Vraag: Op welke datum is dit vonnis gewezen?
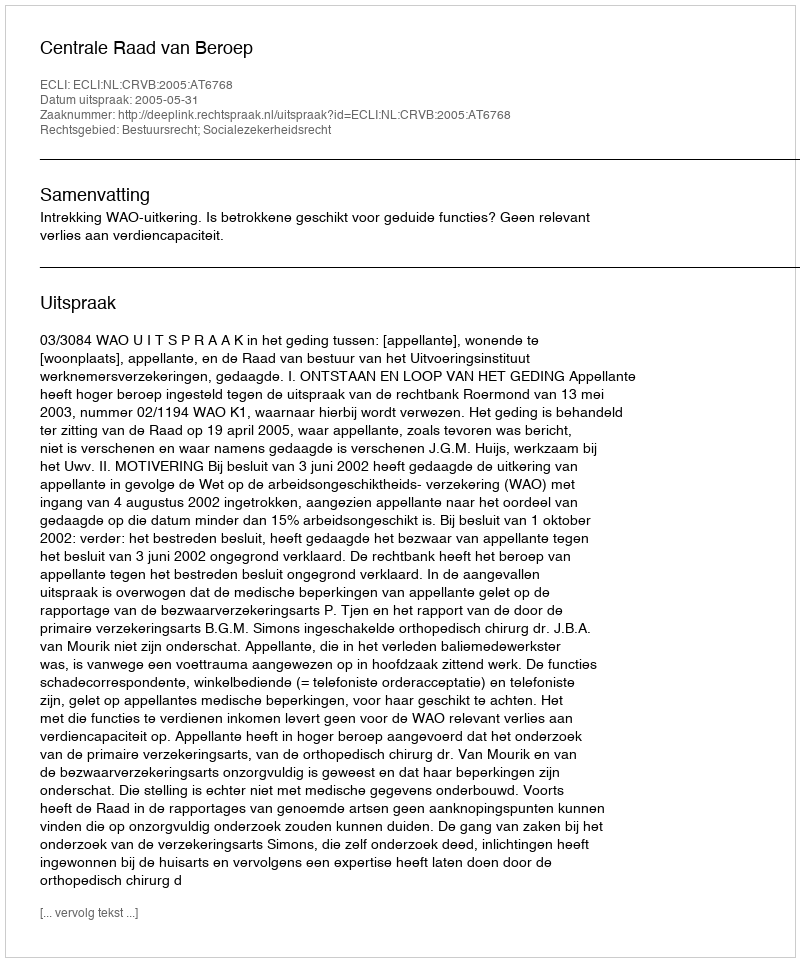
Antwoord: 2005-05-31